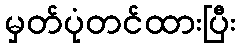
မှတ်ပုံတင်ထားပြီး